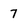
Character: 7